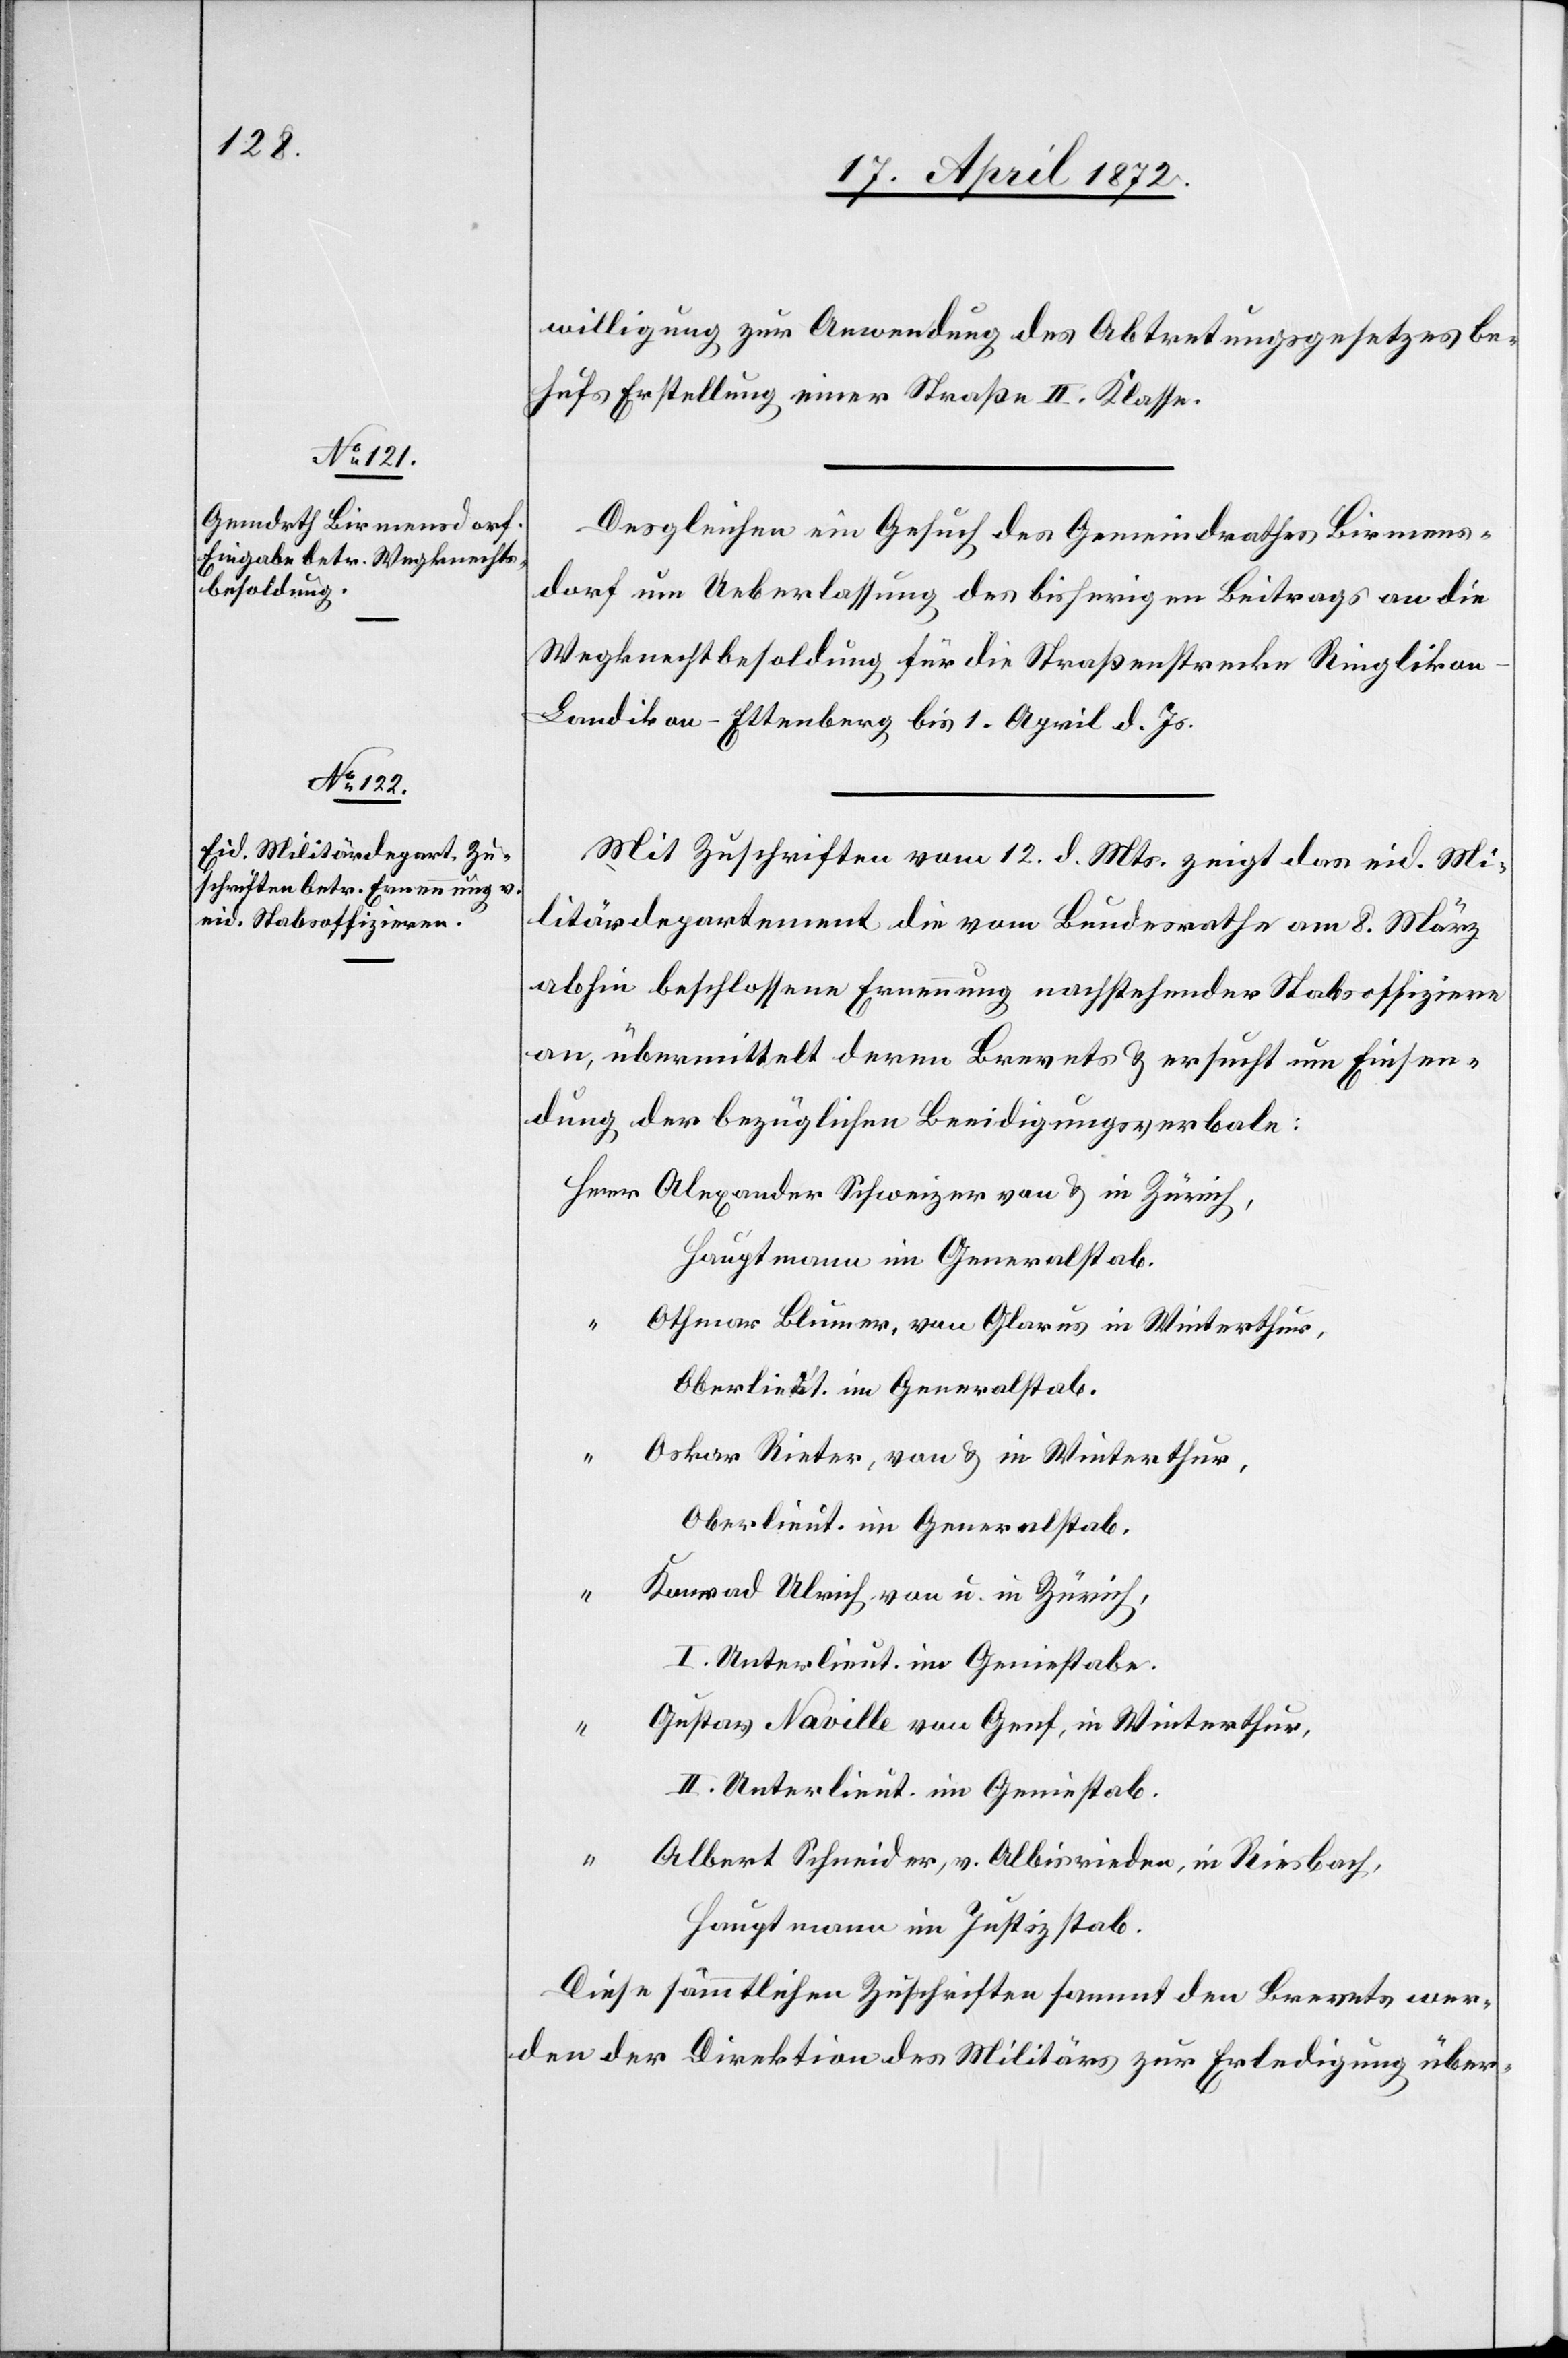
18. April 1872.]
willigung zur Anwendung des Abtretungsgesetzes be¬
hufs Erstellung einer Straße II. Klasse.
Desgleichen ein Gesuch des Gemeindrathes Birmens¬
dorf um Ueberlassung des bisherigen Beitrags an die
Wegknechtbesoldung für die Straßenstrecken Ringliko¬
n–Landikon–Ettenberg bis 1. April d. Js.
Mit Zuschriften vom 12. d. Mts. zeigt das eid. Mi¬
litärdepartement die vom Bundesrathe am 8. März
abhin beschlossene Ernennung nachstehender Stabsoffiziere
an, übermittelt deren Brevets u. ersucht um Einsen¬
dung der bezüglichen Beeidigungsverbale:
Alexander Schweizer von u. in Zürich,
Hauptmann im Generalstab.
Othmar Blumer, von Glarus in Winterthur,
Oberlieut. im Generalstab.
Oskar Rieter, von u. in Winterthur,
Oberlieut. im Generalstab.
Konrad Ulrich von u. in Zürich,
I. Unterlieut. im Geniestabe.
Gustav Naville von Genf, in Winterthur,
II. Unterlieut. im Geniestab.
Albert Schneider, v. Albisrieden, in Riesbach,
Hauptmann im Justizstab.
Diese sämmtlichen Zuschriften sammt den Brevets wer¬
den der Direktion des Militärs zur Erledigung über-